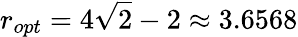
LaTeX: r_{opt}=4\sqrt{2}-2\approx 3.6568